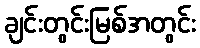
ချင်းတွင်းမြစ်အတွင်း